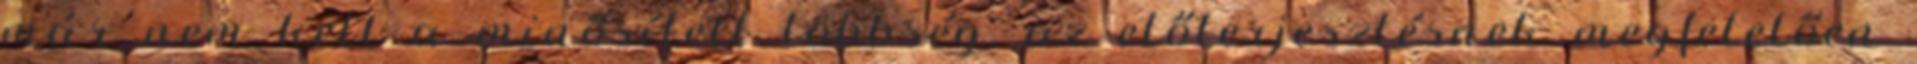
már nem kell a minősített többség. az előterjesztésnek megfelelően